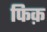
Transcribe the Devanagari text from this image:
फिक़